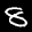
Label: 8